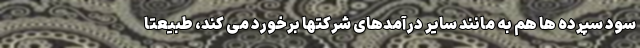
سود سپرده ها هم به مانند سایر درآمدهای شرکتها برخورد می کند، طبیعتا